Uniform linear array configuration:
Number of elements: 4
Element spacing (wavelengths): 0.75
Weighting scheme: exponential
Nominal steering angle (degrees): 45
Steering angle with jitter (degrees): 46.305
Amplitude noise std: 0.05
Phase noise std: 0.05

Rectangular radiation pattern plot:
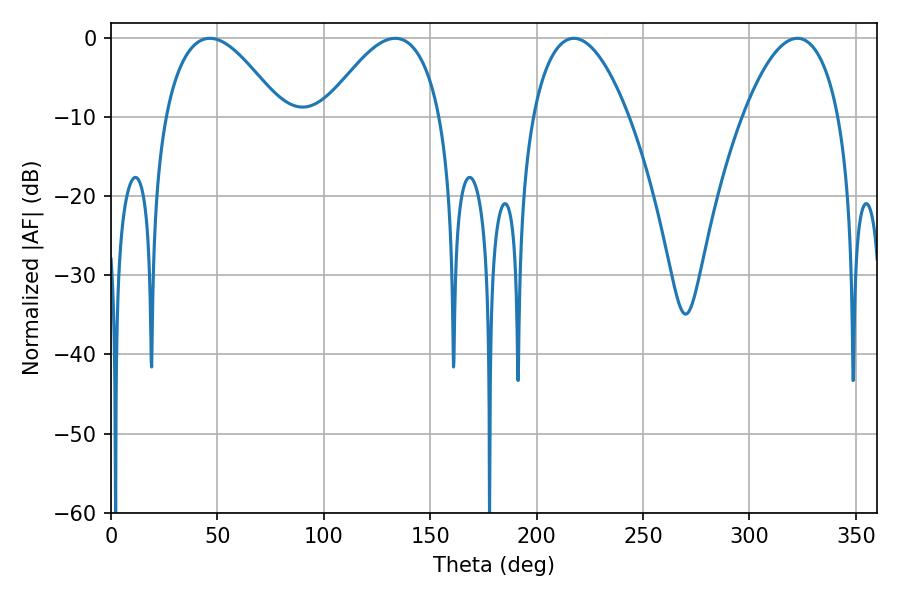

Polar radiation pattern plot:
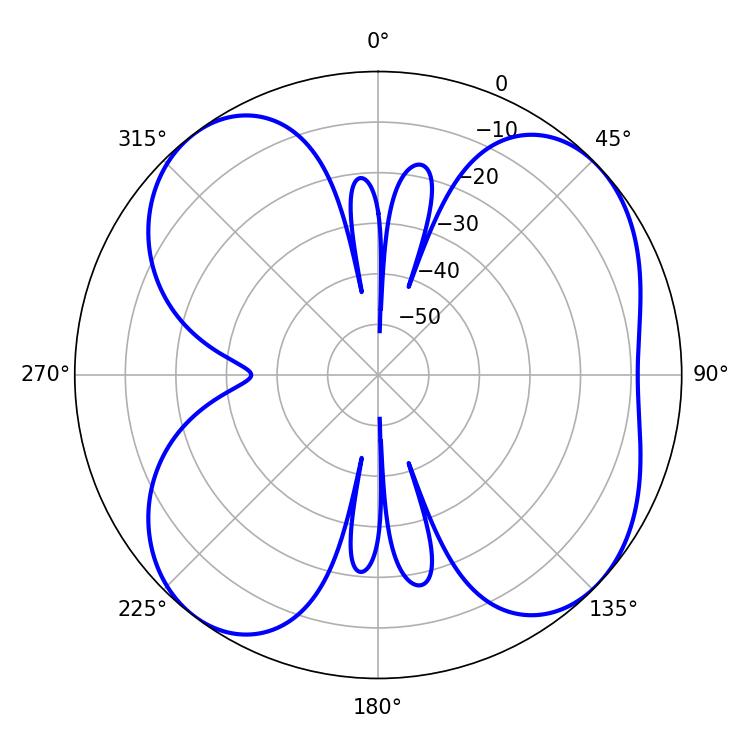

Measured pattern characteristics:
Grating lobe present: TRUE
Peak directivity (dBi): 8.273
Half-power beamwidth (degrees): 30.06
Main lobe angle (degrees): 46.44